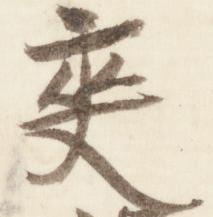
夾